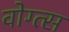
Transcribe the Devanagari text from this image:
वोग्त्स